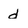
Character: d